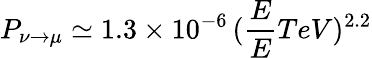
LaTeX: P_{\nu\to\mu}\simeq 1.3\times 10^{-6}\, (\frac{E}{E}{TeV})^{2.2}